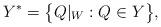
LaTeX: \begin{align*}Y^*=\big\{Q|_W:Q\in Y\big\},\end{align*}